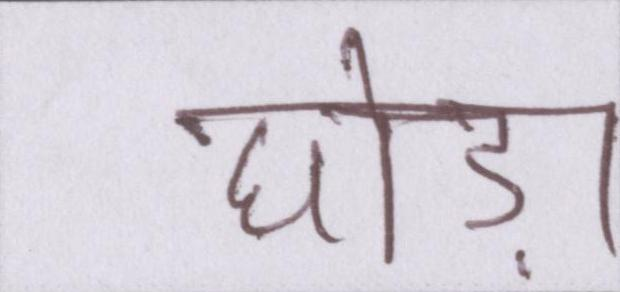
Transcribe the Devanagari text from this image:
घोड़ा